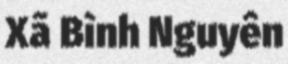
Xã Bình Nguyên